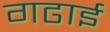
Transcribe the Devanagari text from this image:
गढाई